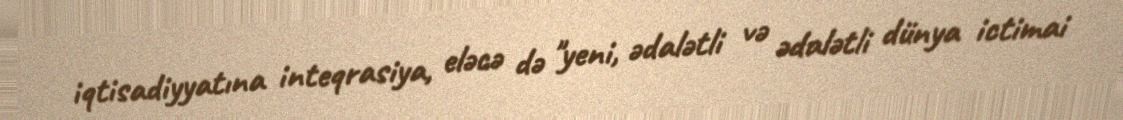
iqtisadiyyatına inteqrasiya, eləcə də "yeni, ədalətli və ədalətli dünya ictimai